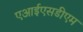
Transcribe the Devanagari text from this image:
एआईएसडीएम